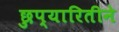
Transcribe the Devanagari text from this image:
छुप्यारितीने